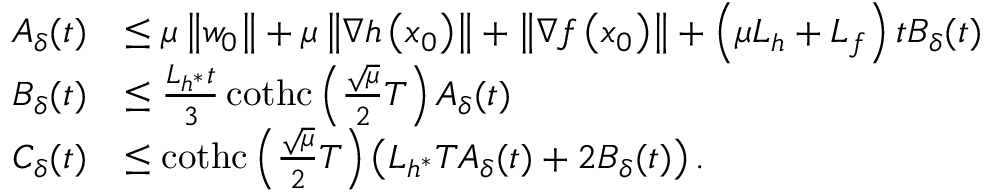
\begin{array} { r l } { A _ { \delta } ( t ) } & { \leq \mu \left\Vert w _ { 0 } \right\Vert + \mu \left\Vert \nabla h \left( x _ { 0 } \right) \right\Vert + \left\Vert \nabla f \left( x _ { 0 } \right) \right\Vert + \left( \mu L _ { h } + L _ { f } \right) t B _ { \delta } ( t ) } \\ { B _ { \delta } ( t ) } & { \leq \frac { L _ { h ^ { * } } t } { 3 } \operatorname { c o t h c } \left( \frac { \sqrt { \mu } } { 2 } T \right) A _ { \delta } ( t ) } \\ { C _ { \delta } ( t ) } & { \leq \operatorname { c o t h c } \left( \frac { \sqrt { \mu } } { 2 } T \right) \left( L _ { h ^ { * } } T A _ { \delta } ( t ) + 2 B _ { \delta } ( t ) \right) . } \end{array}